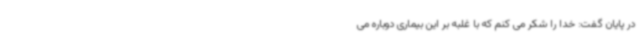
در پایان گفت: خدا را شکر می کنم که با غلبه بر این بیماری دوباره می